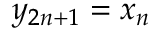
y _ { 2 n + 1 } = x _ { n }